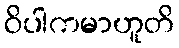
ဝိပါကမာဟူတိ